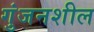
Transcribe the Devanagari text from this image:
गुंजनशील